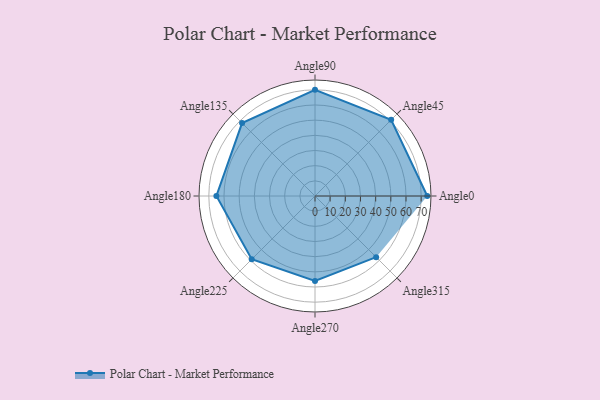
{"axis": {"x": "Angle", "y": "Radius"}, "legend": [""], "data": [{"x": "Angle0", "y": 74.0, "type": ""}, {"x": "Angle45", "y": 71.0, "type": ""}, {"x": "Angle90", "y": 70.0, "type": ""}, {"x": "Angle135", "y": 68.0, "type": ""}, {"x": "Angle180", "y": 65.0, "type": ""}, {"x": "Angle225", "y": 59.0, "type": ""}, {"x": "Angle270", "y": 56.0, "type": ""}, {"x": "Angle315", "y": 57.0, "type": ""}]}